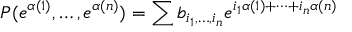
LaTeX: P ( e ^ { \alpha ( 1 ) } , \dots , e ^ { \alpha ( n ) } ) = \sum b _ { i _ { 1 } , \dots , i _ { n } } e ^ { i _ { 1 } \alpha ( 1 ) + \cdots + i _ { n } \alpha ( n ) }